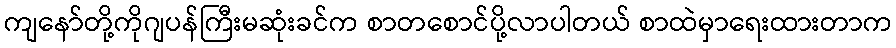
ကျနော်တို့ကိုဂျပန်ကြီးမဆုံးခင်က စာတစောင်ပို့လာပါတယ် စာထဲမှာရေးထားတာက